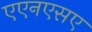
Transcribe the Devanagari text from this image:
एएनएसए